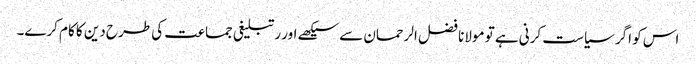
اس کو اگر سیاست کرنی ہے تو مولانا فضل الرحمان سے سیکھے اور رتبلیغی جماعت کی طرح دین کا کام کرے۔